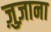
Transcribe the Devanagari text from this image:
ज़ुज़ाना